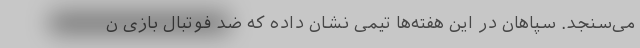
می‌سنجد. سپاهان در این هفته‌ها تیمی نشان داده که ضد فوتبال بازی ن